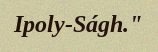
Ipoly-Ságh."